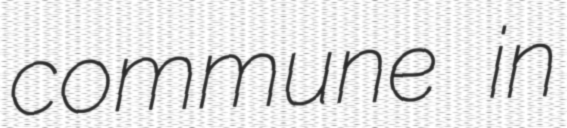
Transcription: commune in